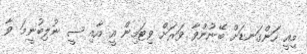
މިއީ ހަންގަނޑަށް ބޭނުންވާ ވަރަށް ވިޓަމިން އީ އާއި ސީ ނުލިބުނީމަ ވާ